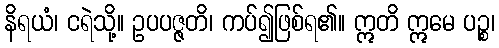
နိရယံ၊ ငရဲသို့။ ဥပပဇ္ဇတိ၊ ကပ်၍ဖြစ်ရ၏။ ဣတိ ဣမေ ပဉ္စ၊